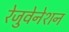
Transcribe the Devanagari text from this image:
रेजुवेनेशन